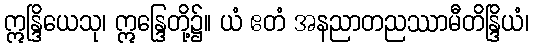
ဣန္ဒြိယေသု၊ ဣန္ဒြေတို့၌။ ယံ ဧတံ အနညာတညဿာမီတိန္ဒြိယံ၊